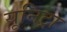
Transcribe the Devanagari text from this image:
यूनिट्रा